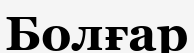
Болғар